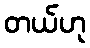
တယ်ဟု